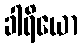
ခါရိယော